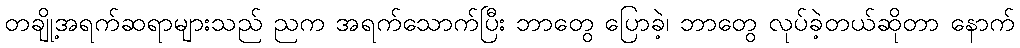
တချို့အရက်ဆရာများသည် ညက အရက်သောက်ပြီး ဘာတွေ ပြောခဲ့၊ ဘာတွေ လုပ်ခဲ့တယ်ဆိုတာ နောက်